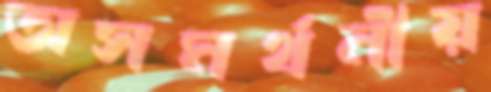
অসমর্থনীয়